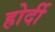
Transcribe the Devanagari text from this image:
होर्दी